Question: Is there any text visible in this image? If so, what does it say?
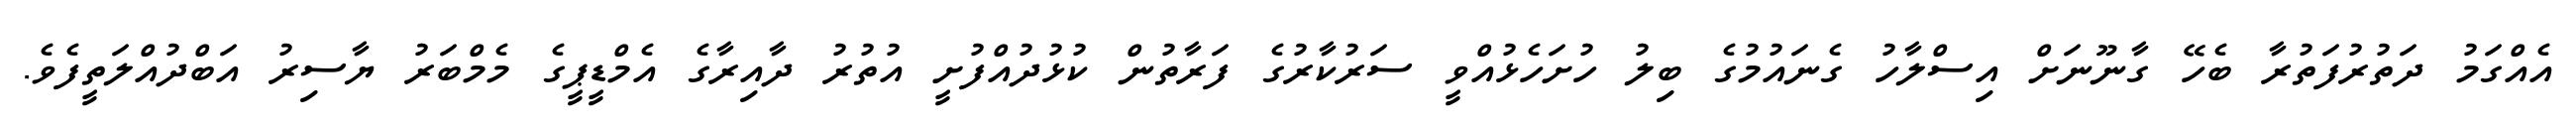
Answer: އެއްގަމު ދަތުރުފަތުރާ ބެހޭ ގާނޫނަށް އިސްލާހު ގެނައުމުގެ ބިލު ހުށަހެޅުއްވީ ސަރުކާރުގެ ފަރާތުން ކުޅުދުއްފުށީ އުތުރު ދާއިރާގެ އެމްޑީޕީގެ މެމްބަރު ޔާސިރު އަބްދުއްލަތީފެވެ.